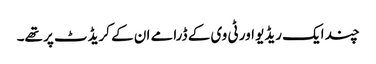
چند ایک ریڈیو اور ٹی وی کے ڈرامے ان کے کریڈٹ پر تھے۔